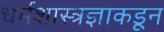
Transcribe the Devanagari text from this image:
धर्मशास्त्रज्ञाकडून